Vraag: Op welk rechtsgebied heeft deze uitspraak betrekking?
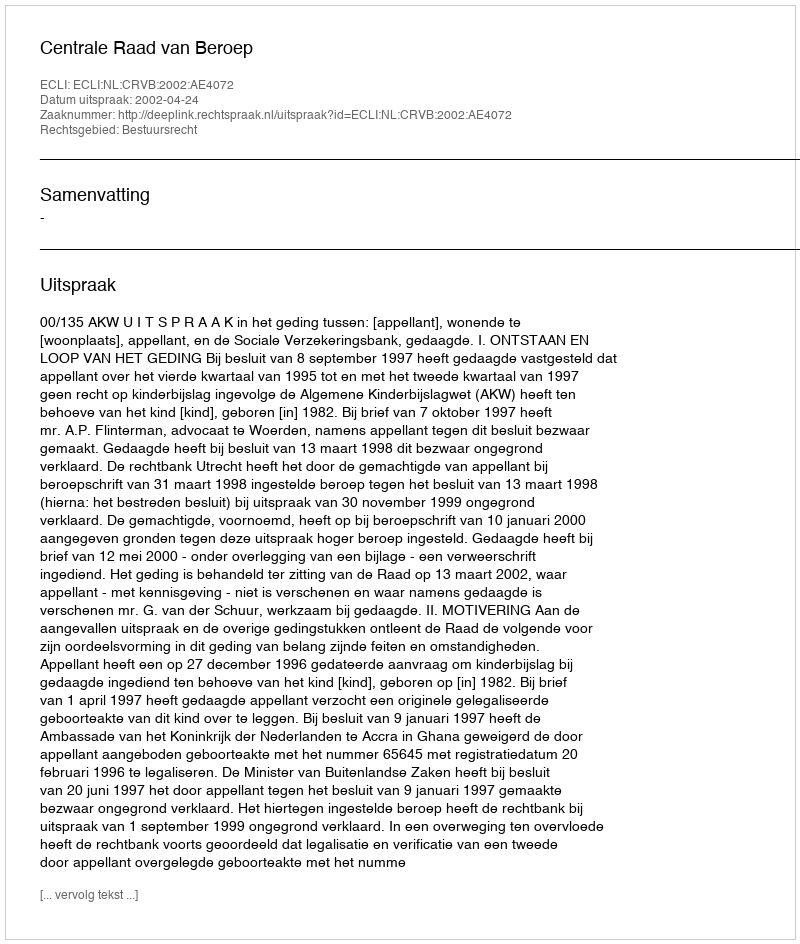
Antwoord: Bestuursrecht